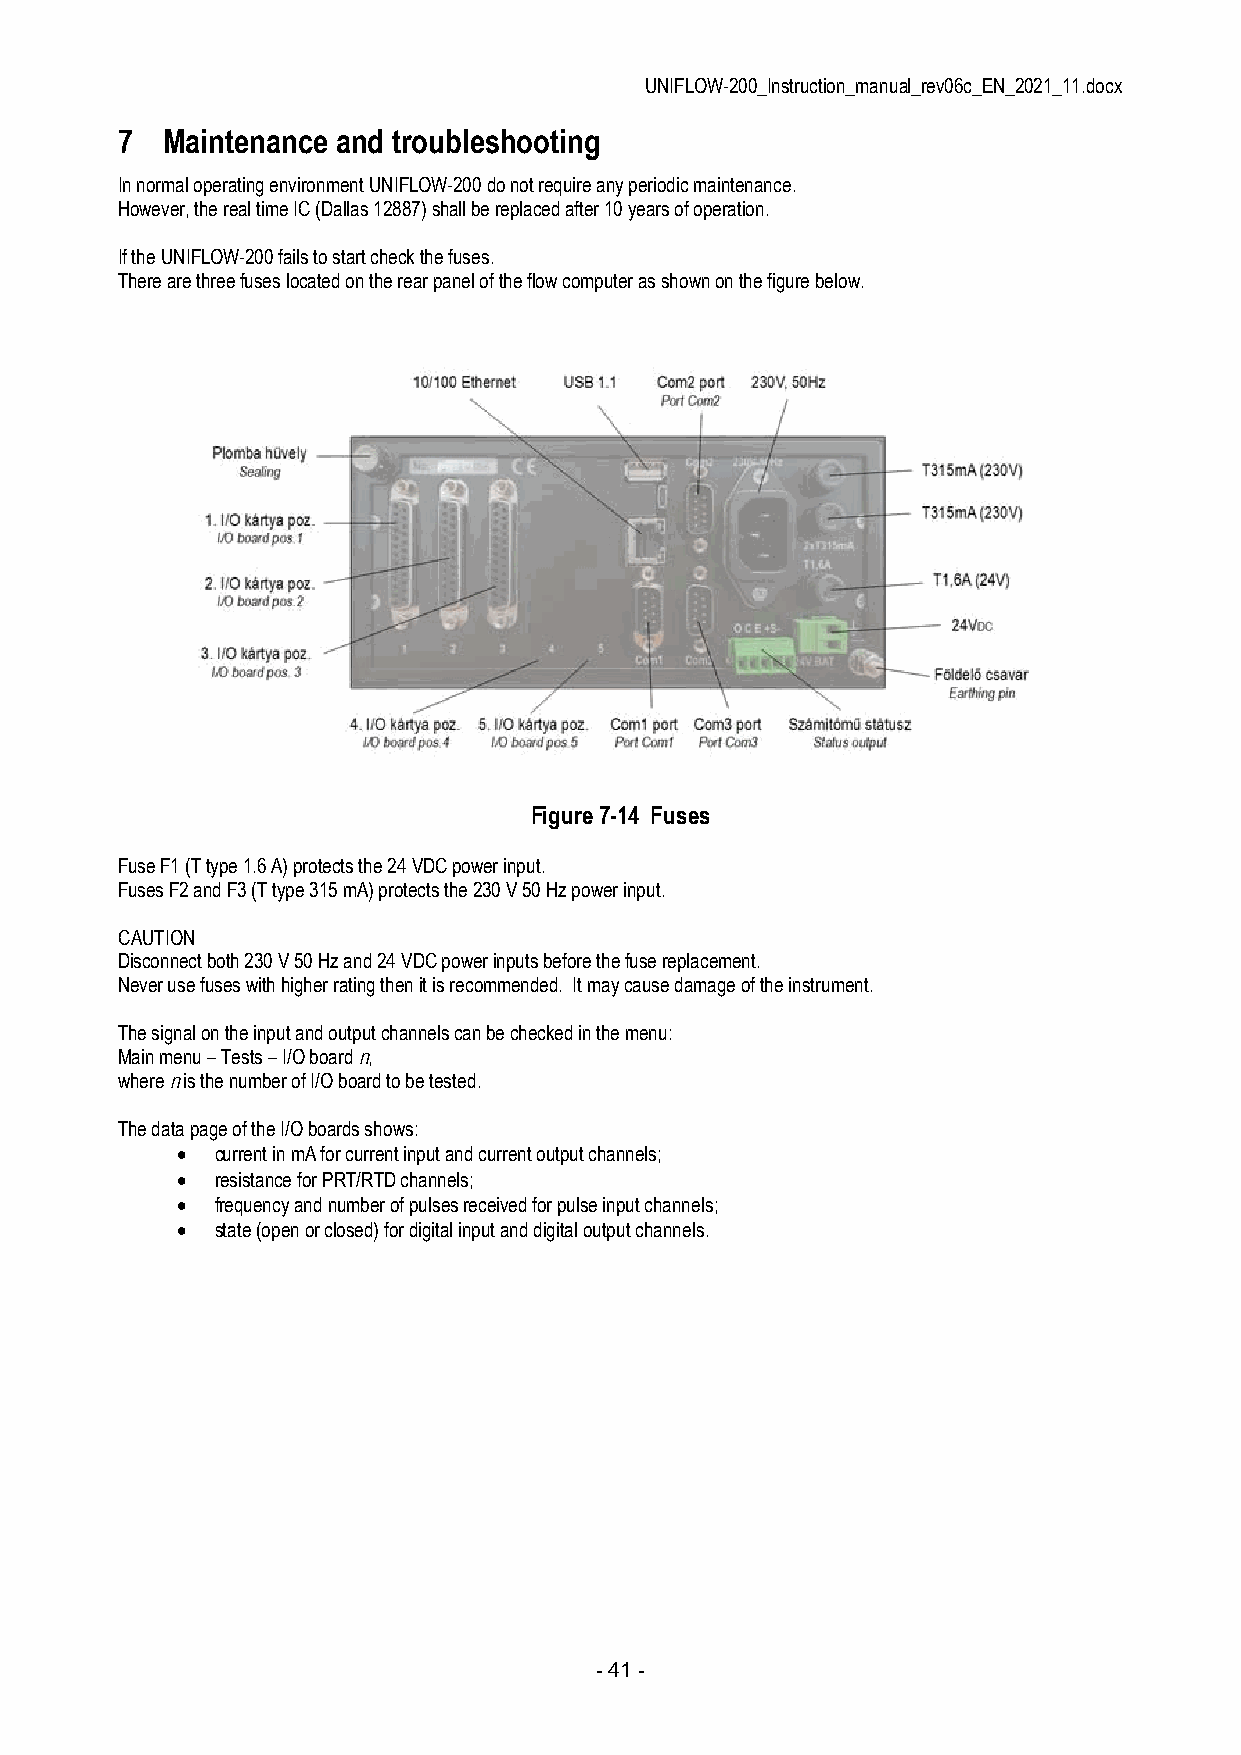
UNIFLOW-200_Instruction_manual_rev06c_EN_2021_11.docx
 7  Maintenance and troubleshooting
 In normal operating environment UNIFLOW-200 do not require any periodic maintenance.
 However, the real time IC (Dallas 12887) shall be replaced after 10 years of operation.
 If the UNIFLOW-200 fails to start check the fuses.
 There are three fuses located on the rear panel of the flow computer as shown on the figure below.
 Figure 7-14 Fuses
 Fuse F1 (T type 1.6 A) protects the 24 VDC power input.
 Fuses F2 and F3 (T type 315 mA) protects the 230 V 50 Hz power input.
 CAUTION
 Disconnect both 230 V 50 Hz and 24 VDC power inputs before the fuse replacement.
 Never use fuses with higher rating then it is recommended. It may cause damage of the instrument.
 The signal on the input and output channels can be checked in the menu:
 Main menu – Tests – I/O board n,
 where n is the number of I/O board to be tested.
 The data page of the I/O boards shows:
  current in mA for current input and current output channels;
  resistance for PRT/RTD channels;
  frequency and number of pulses received for pulse input channels;
  state (open or closed) for digital input and digital output channels.
 - 41 -